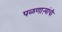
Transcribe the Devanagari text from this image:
पळणाऱ्यांची